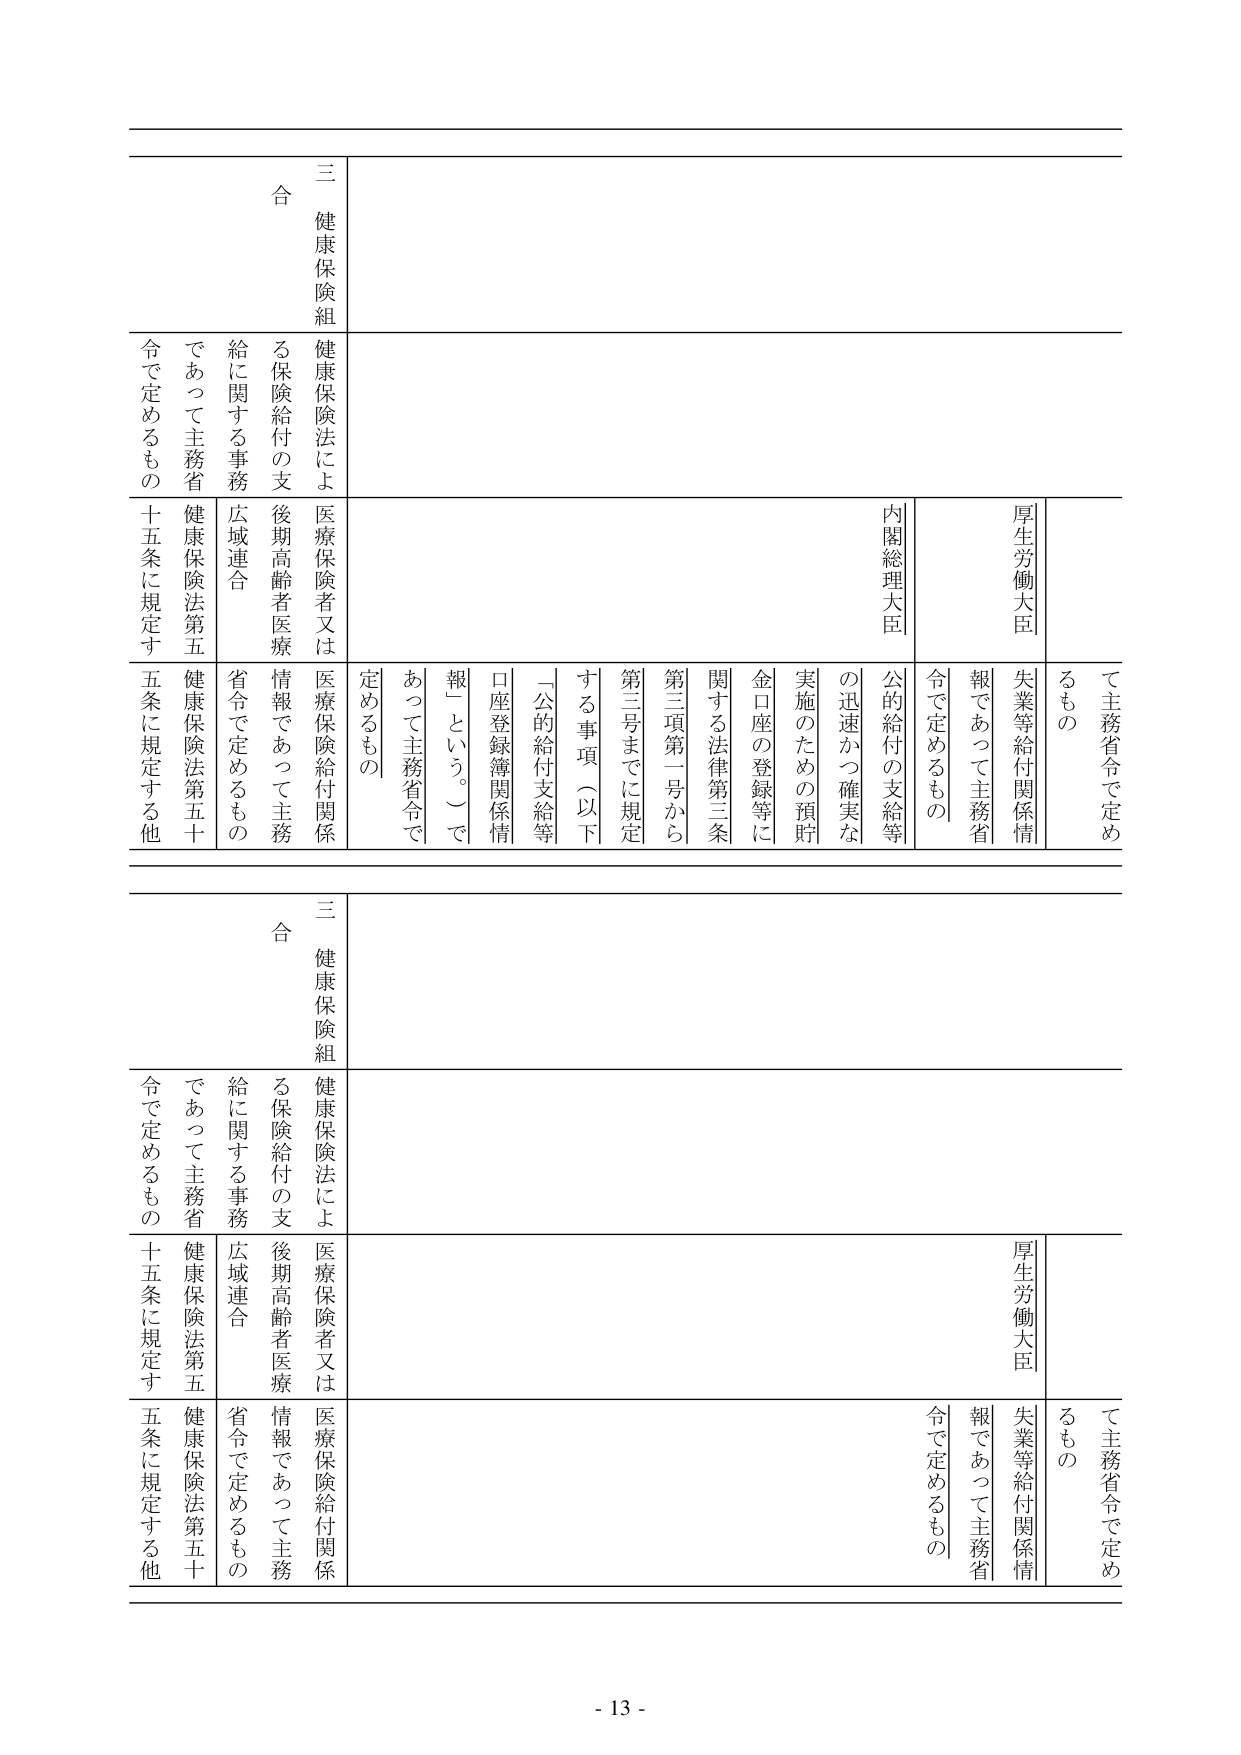
三 健康保険組合
健康保険法による保険給付の支給に関する事務
医療保険者又は後期高齢者医療広域連合
健康保険法第五十五条に規定する他
健康保険法第五十五条に規定する他
健康保険給付関係情報であって主務省令で定めるもの
「公的給付支給等口座登録簿関係情報」という。）であって主務省令で定めるもの
第三項第一号から第三号までに規定する事項（以下
金口座の登録等に関する法律第三条
実施のための預貯
の迅速かつ確実な
公的給付の支給等
内閣総理大臣
厚生労働大臣
失業等給付関係情報であって主務省令で定めるもの
て主務省令で定めるもの

三 健康保険組合
健康保険法による保険給付の支給に関する事務
医療保険者又は後期高齢者医療広域連合
健康保険法第五十五条に規定する他
健康保険法第五十五条に規定する他
健康保険給付関係情報であって主務省令で定めるもの
「公的給付支給等口座登録簿関係情報」という。）であって主務省令で定めるもの
第三項第一号から第三号までに規定する事項（以下
金口座の登録等に関する法律第三条
実施のための預貯
の迅速かつ確実な
公的給付の支給等
内閣総理大臣
厚生労働大臣
失業等給付関係情報であって主務省令で定めるもの
て主務省令で定めるもの

- 13 -